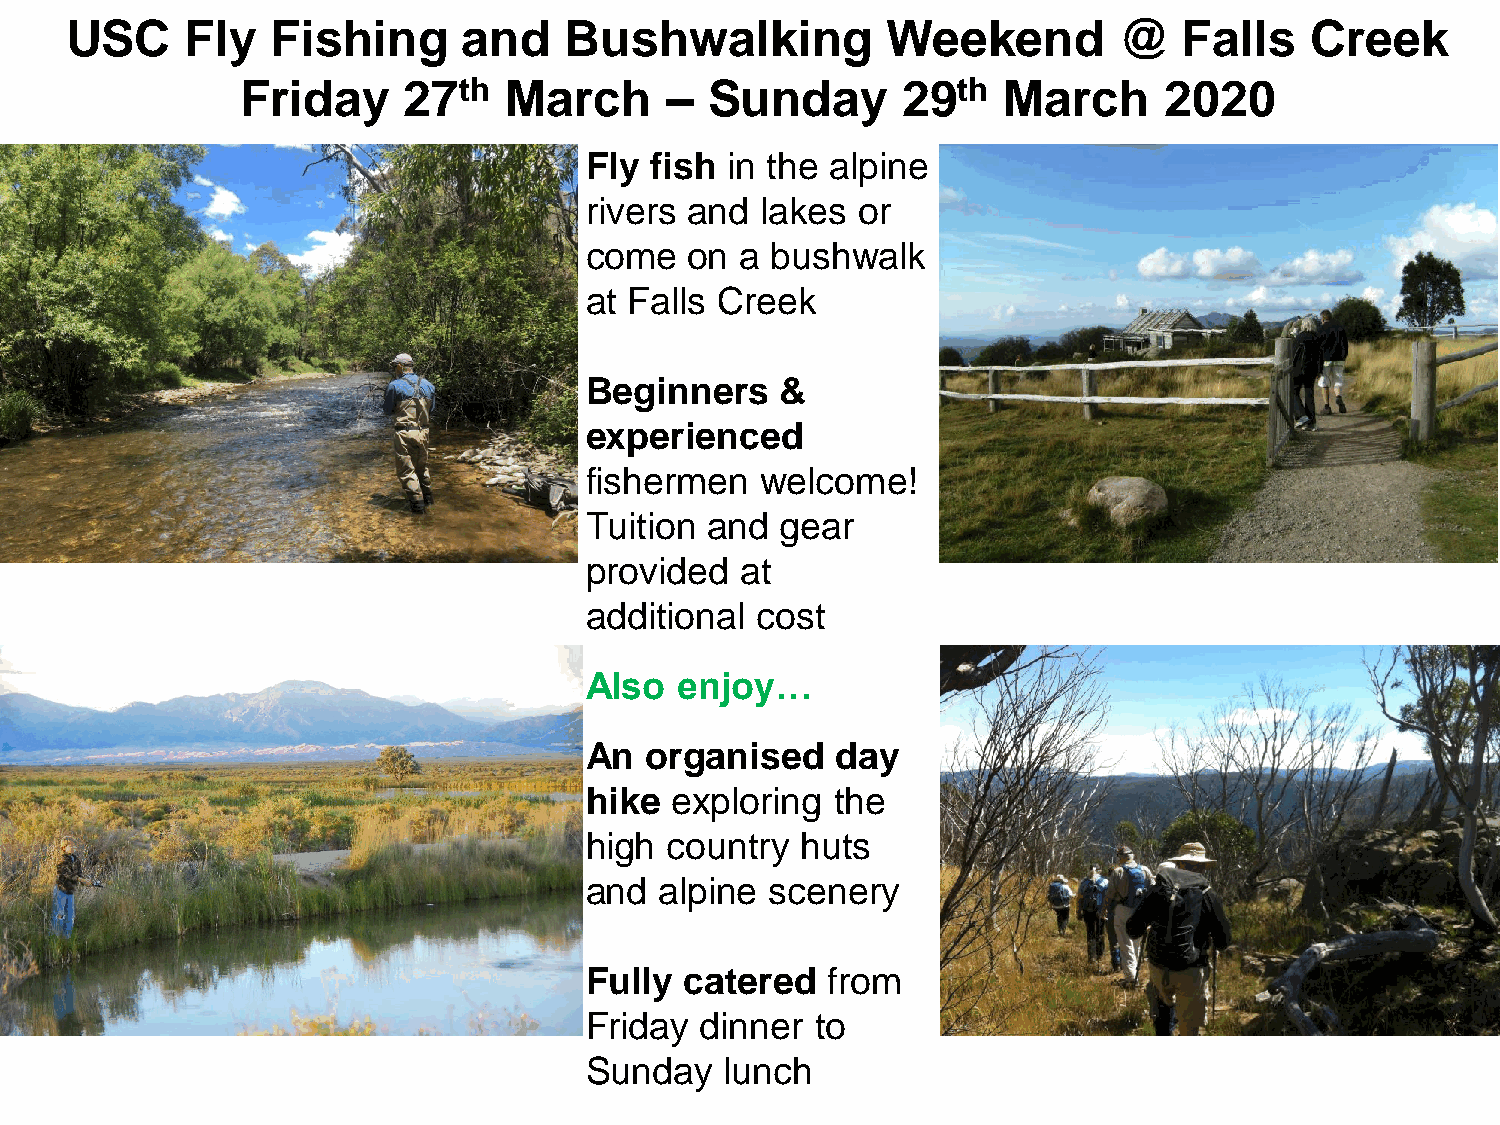
USC     Fly   Fishing      and   Bushwalking           Weekend        @   Falls    Creek
 Friday     27th  March      –  Sunday       29th  March      2020
 Fly fish in the alpine
 rivers and lakes  or
 come   on a bushwalk
 at Falls Creek
 Beginners    &
 experienced
 fishermen  welcome!
 Tuition and  gear
 provided  at
 additional cost
 Also  enjoy…
 An  organised   day
 hike exploring  the
 high country  huts
 and  alpine scenery
 Fully catered   from
 Friday dinner  to
 Sunday   lunch